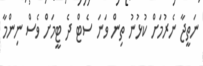
ނަތީޖާ ނެރުމަށް ކުޅުނު ތިން ވަނަ ސެޓް ދެ ޓީމަށް ވެސް ނިންމާ